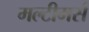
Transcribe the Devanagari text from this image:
मल्टीमर्स